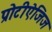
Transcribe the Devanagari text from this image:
प्रोटीऐजिज